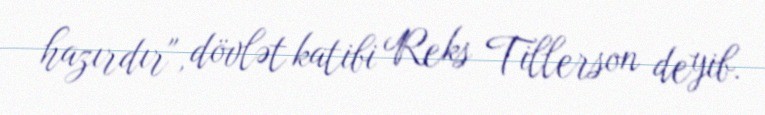
hazırdır", dövlət katibi Reks Tillerson deyib.